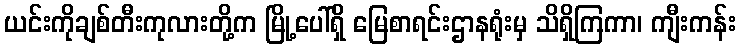
ယင်းကိုချစ်တီးကုလားတို့က မြို့ပေါ်ရှိ မြေစာရင်းဌာနရုံးမှ သိရှိကြကာ၊ ကျီးကန်း